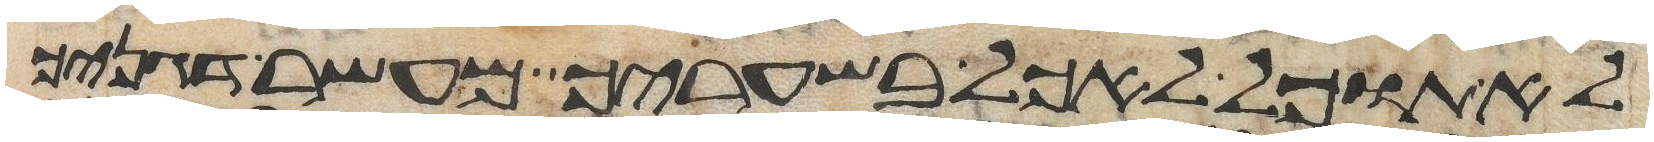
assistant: לא תוכל לאכל בשעריך מעשר דגנך